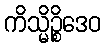
ကိသ္မိဉ္စိဒေဝ